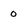
Character: 0